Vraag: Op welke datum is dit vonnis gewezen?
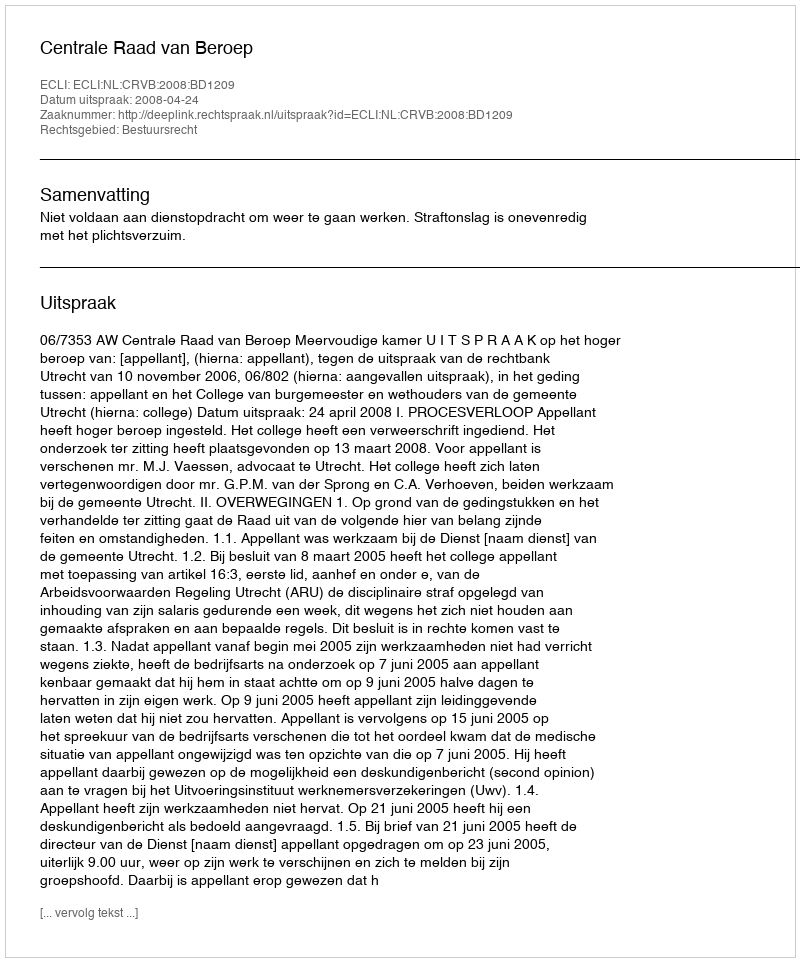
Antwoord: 2008-04-24